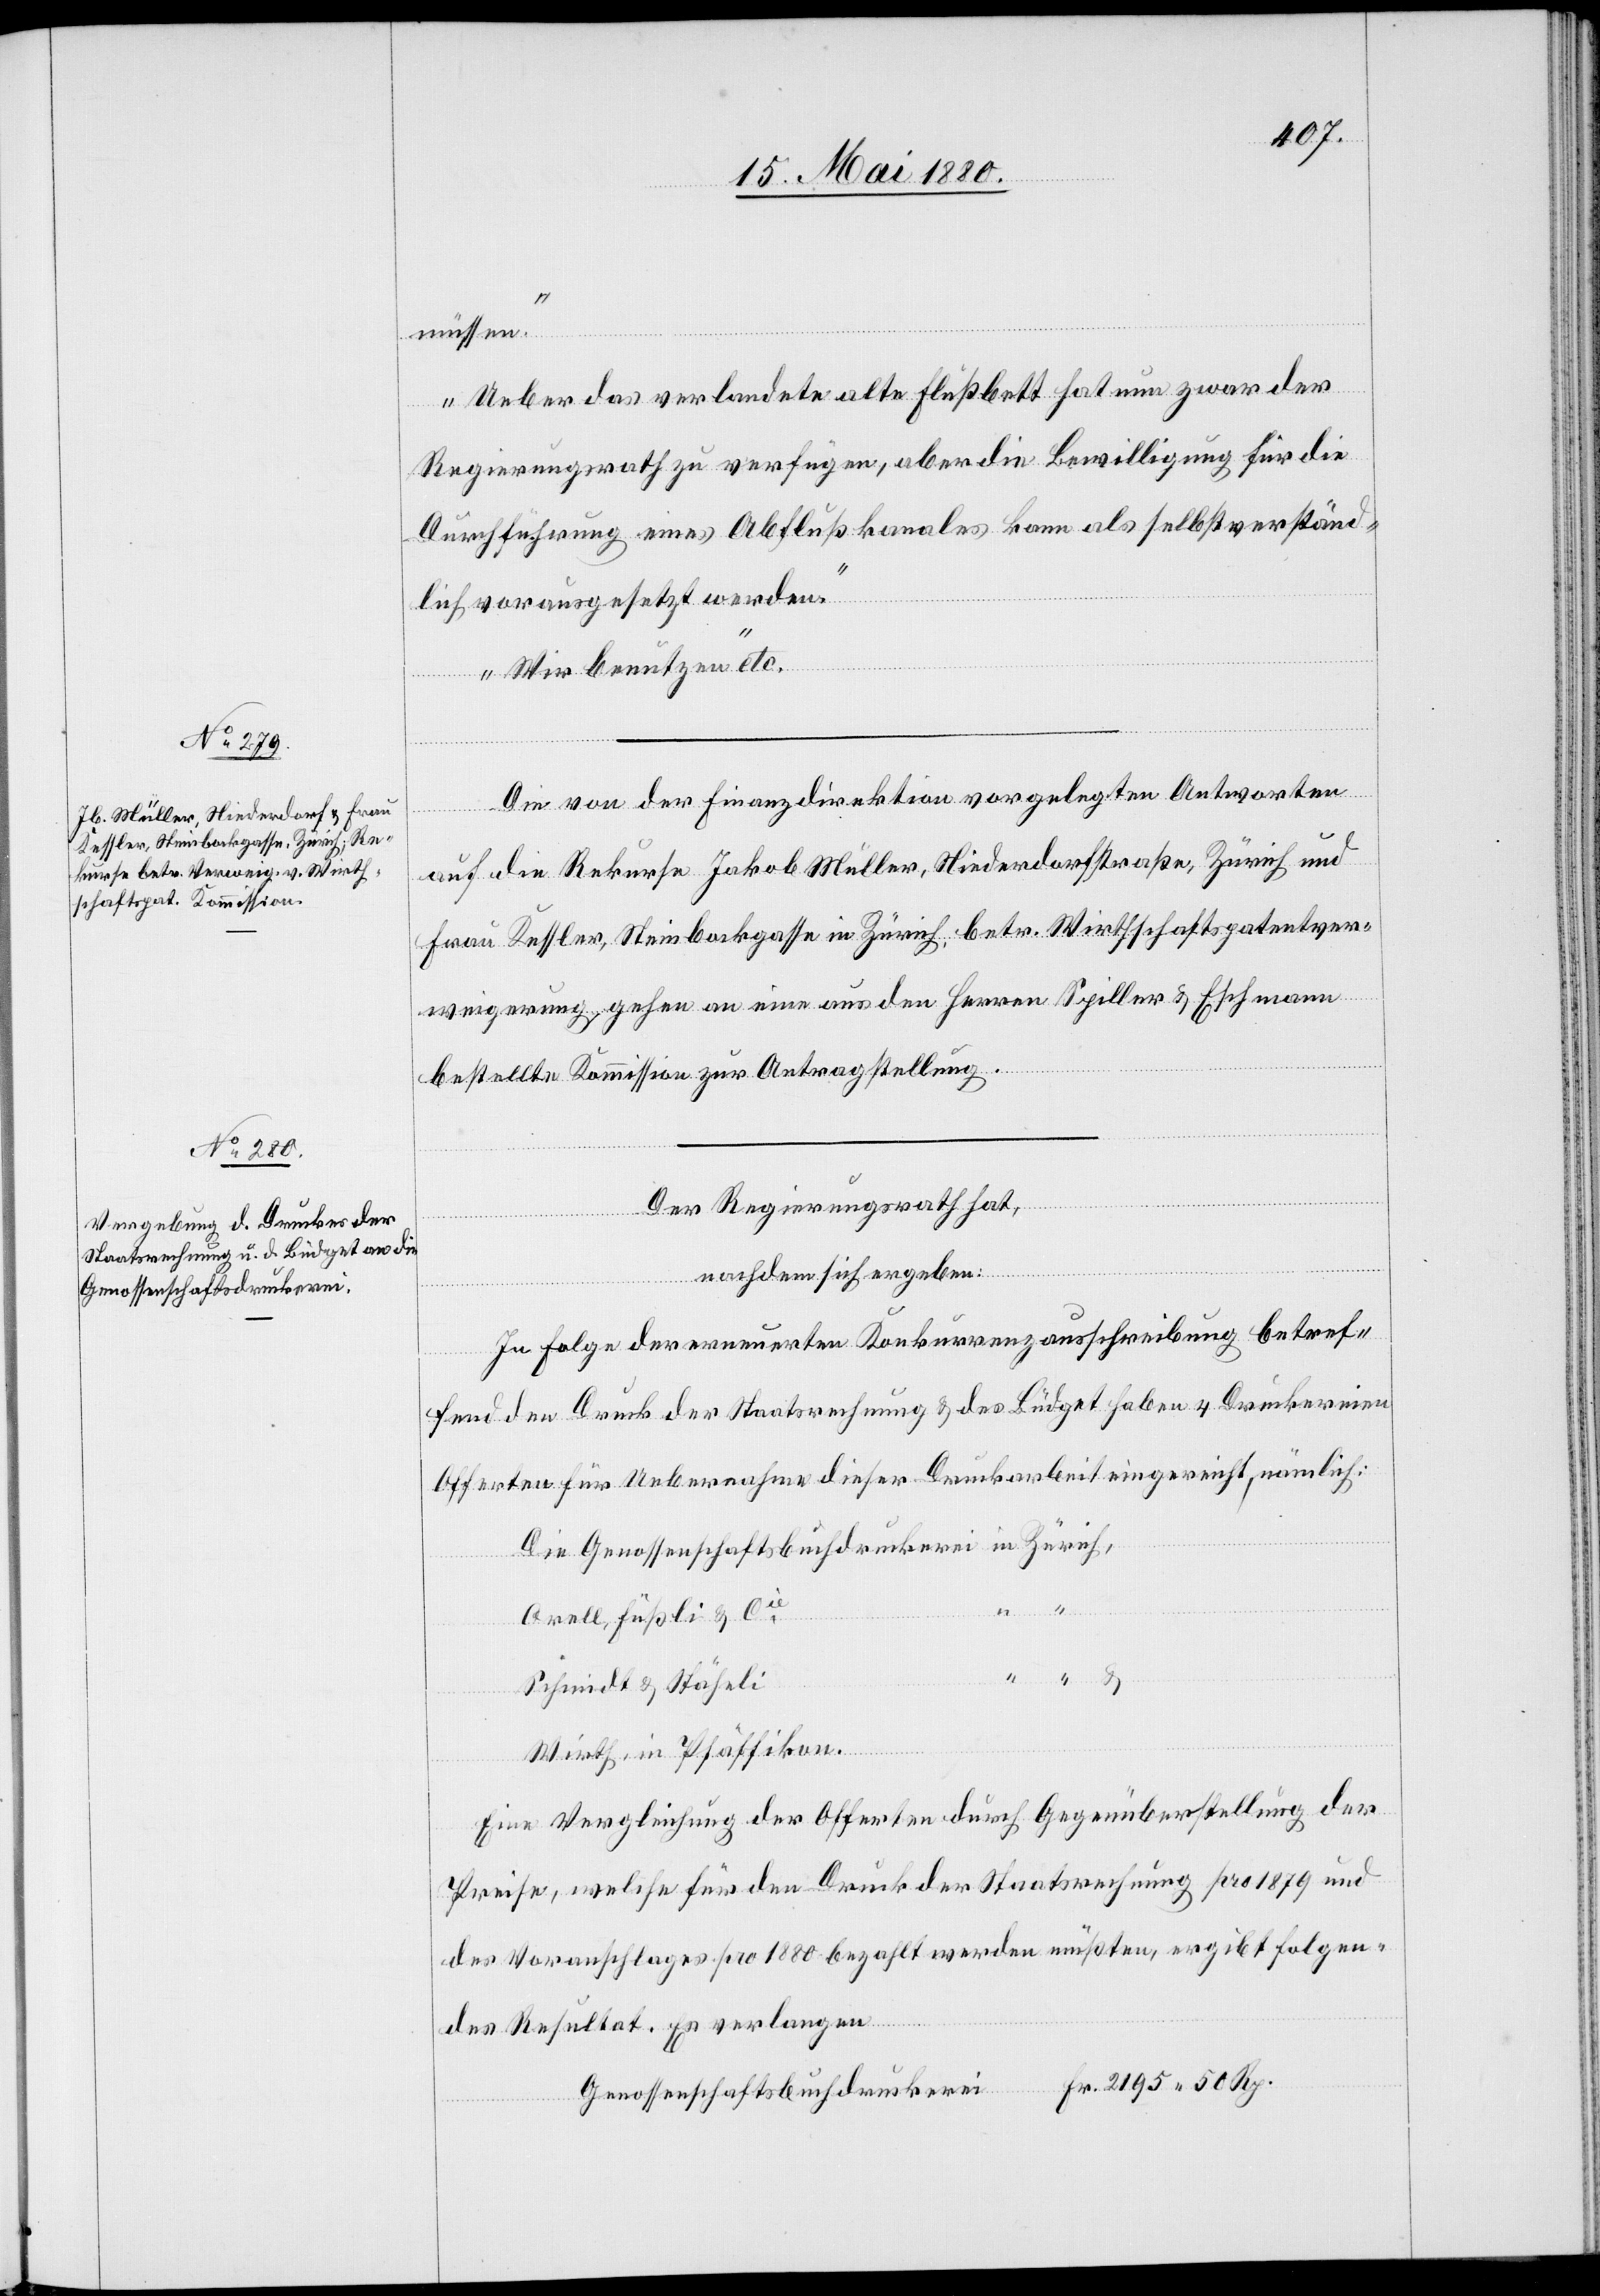
Genossenschaftsbuchdruckerei

Fr.

2195.
müssen.
Ueber das verlandete alte Flußbett hat nun zwar der
Regierungsrath zu verfügen, aber die Bewilligung für die
Durchführung eines Abflußkanales kann als selbstverständ¬
lich vorausgesetzt werden.
Wir benutzen“ etc.
Die von der Finanzdirektion vorgelegten Antworten
auf die Rekurse Jakob Müller, Niederdorfstraße, Zürich und
Frau Kessler, Steinbackgasse in Zürich, betr. Wirthschaftspatentver¬
weigerung, gehen an eine aus den Herren Spiller & Eschmann
bestellte Kommission zur Antragstellung.
Der Regierungsrath hat,
nachdem sich ergeben:
In Folge der erneuerten Konkurrenzausschreibung betref¬
fend den Druck der Staatsrechnung & des Büdget haben 4 Druckereien
Offerten für Uebernahme dieser Druckarbeit eingereicht, nämlich:
Orell, Füßli & Cie
Schmidt & Stäheli
Wirth, in Pfäffikon.
Eine Vergleichung der Offerten durch Gegenüberstellung der
Preise, welche für den Druck der Staatsrechnung pro 1879 und
des Voranschlages pro 1880 bezahlt werden müßten, ergibt folgen¬
des Resultat. Es verlangen